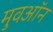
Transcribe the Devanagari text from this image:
मुवऑन